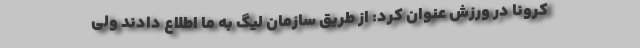
کرونا در ورزش عنوان کرد: از طریق سازمان لیگ به ما اطلاع دادند ولی